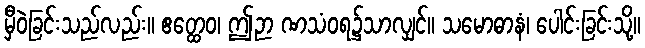
မှီဝဲခြင်းသည်လည်း။ ဧတ္ထေဝ၊ ဤဉာ ဏသံဝရ၌သာလျှင်။ သမောဓာနံ၊ ပေါင်းခြင်းသို့။